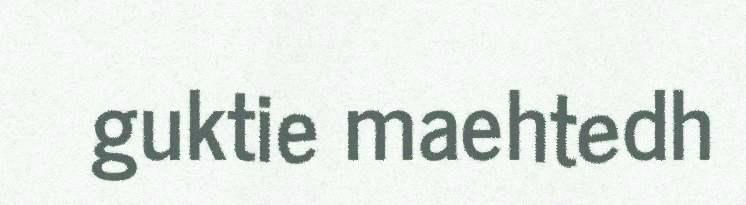
guktie maehtedh